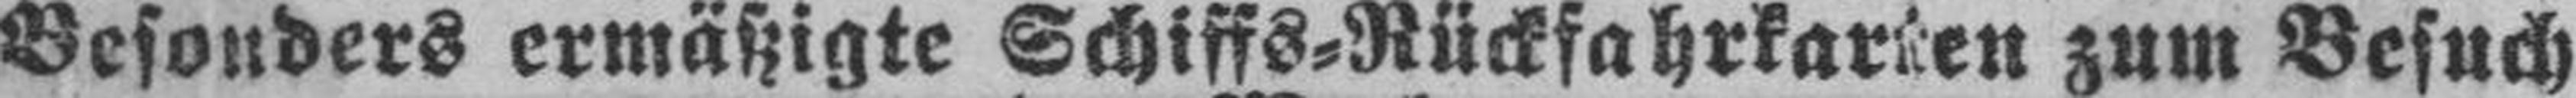
Besonders ermäßigte Schiffs=Rückfahrkarten zum Besuch